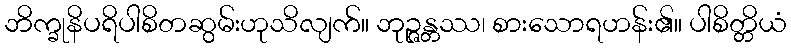
ဘိက္ခုနိပရိပါစိတဆွမ်းဟုသိလျက်။ ဘုဉ္ဇန္တဿ၊ စားသောရဟန်း၏။ ပါစိတ္တိယံ